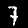
Digit: 7